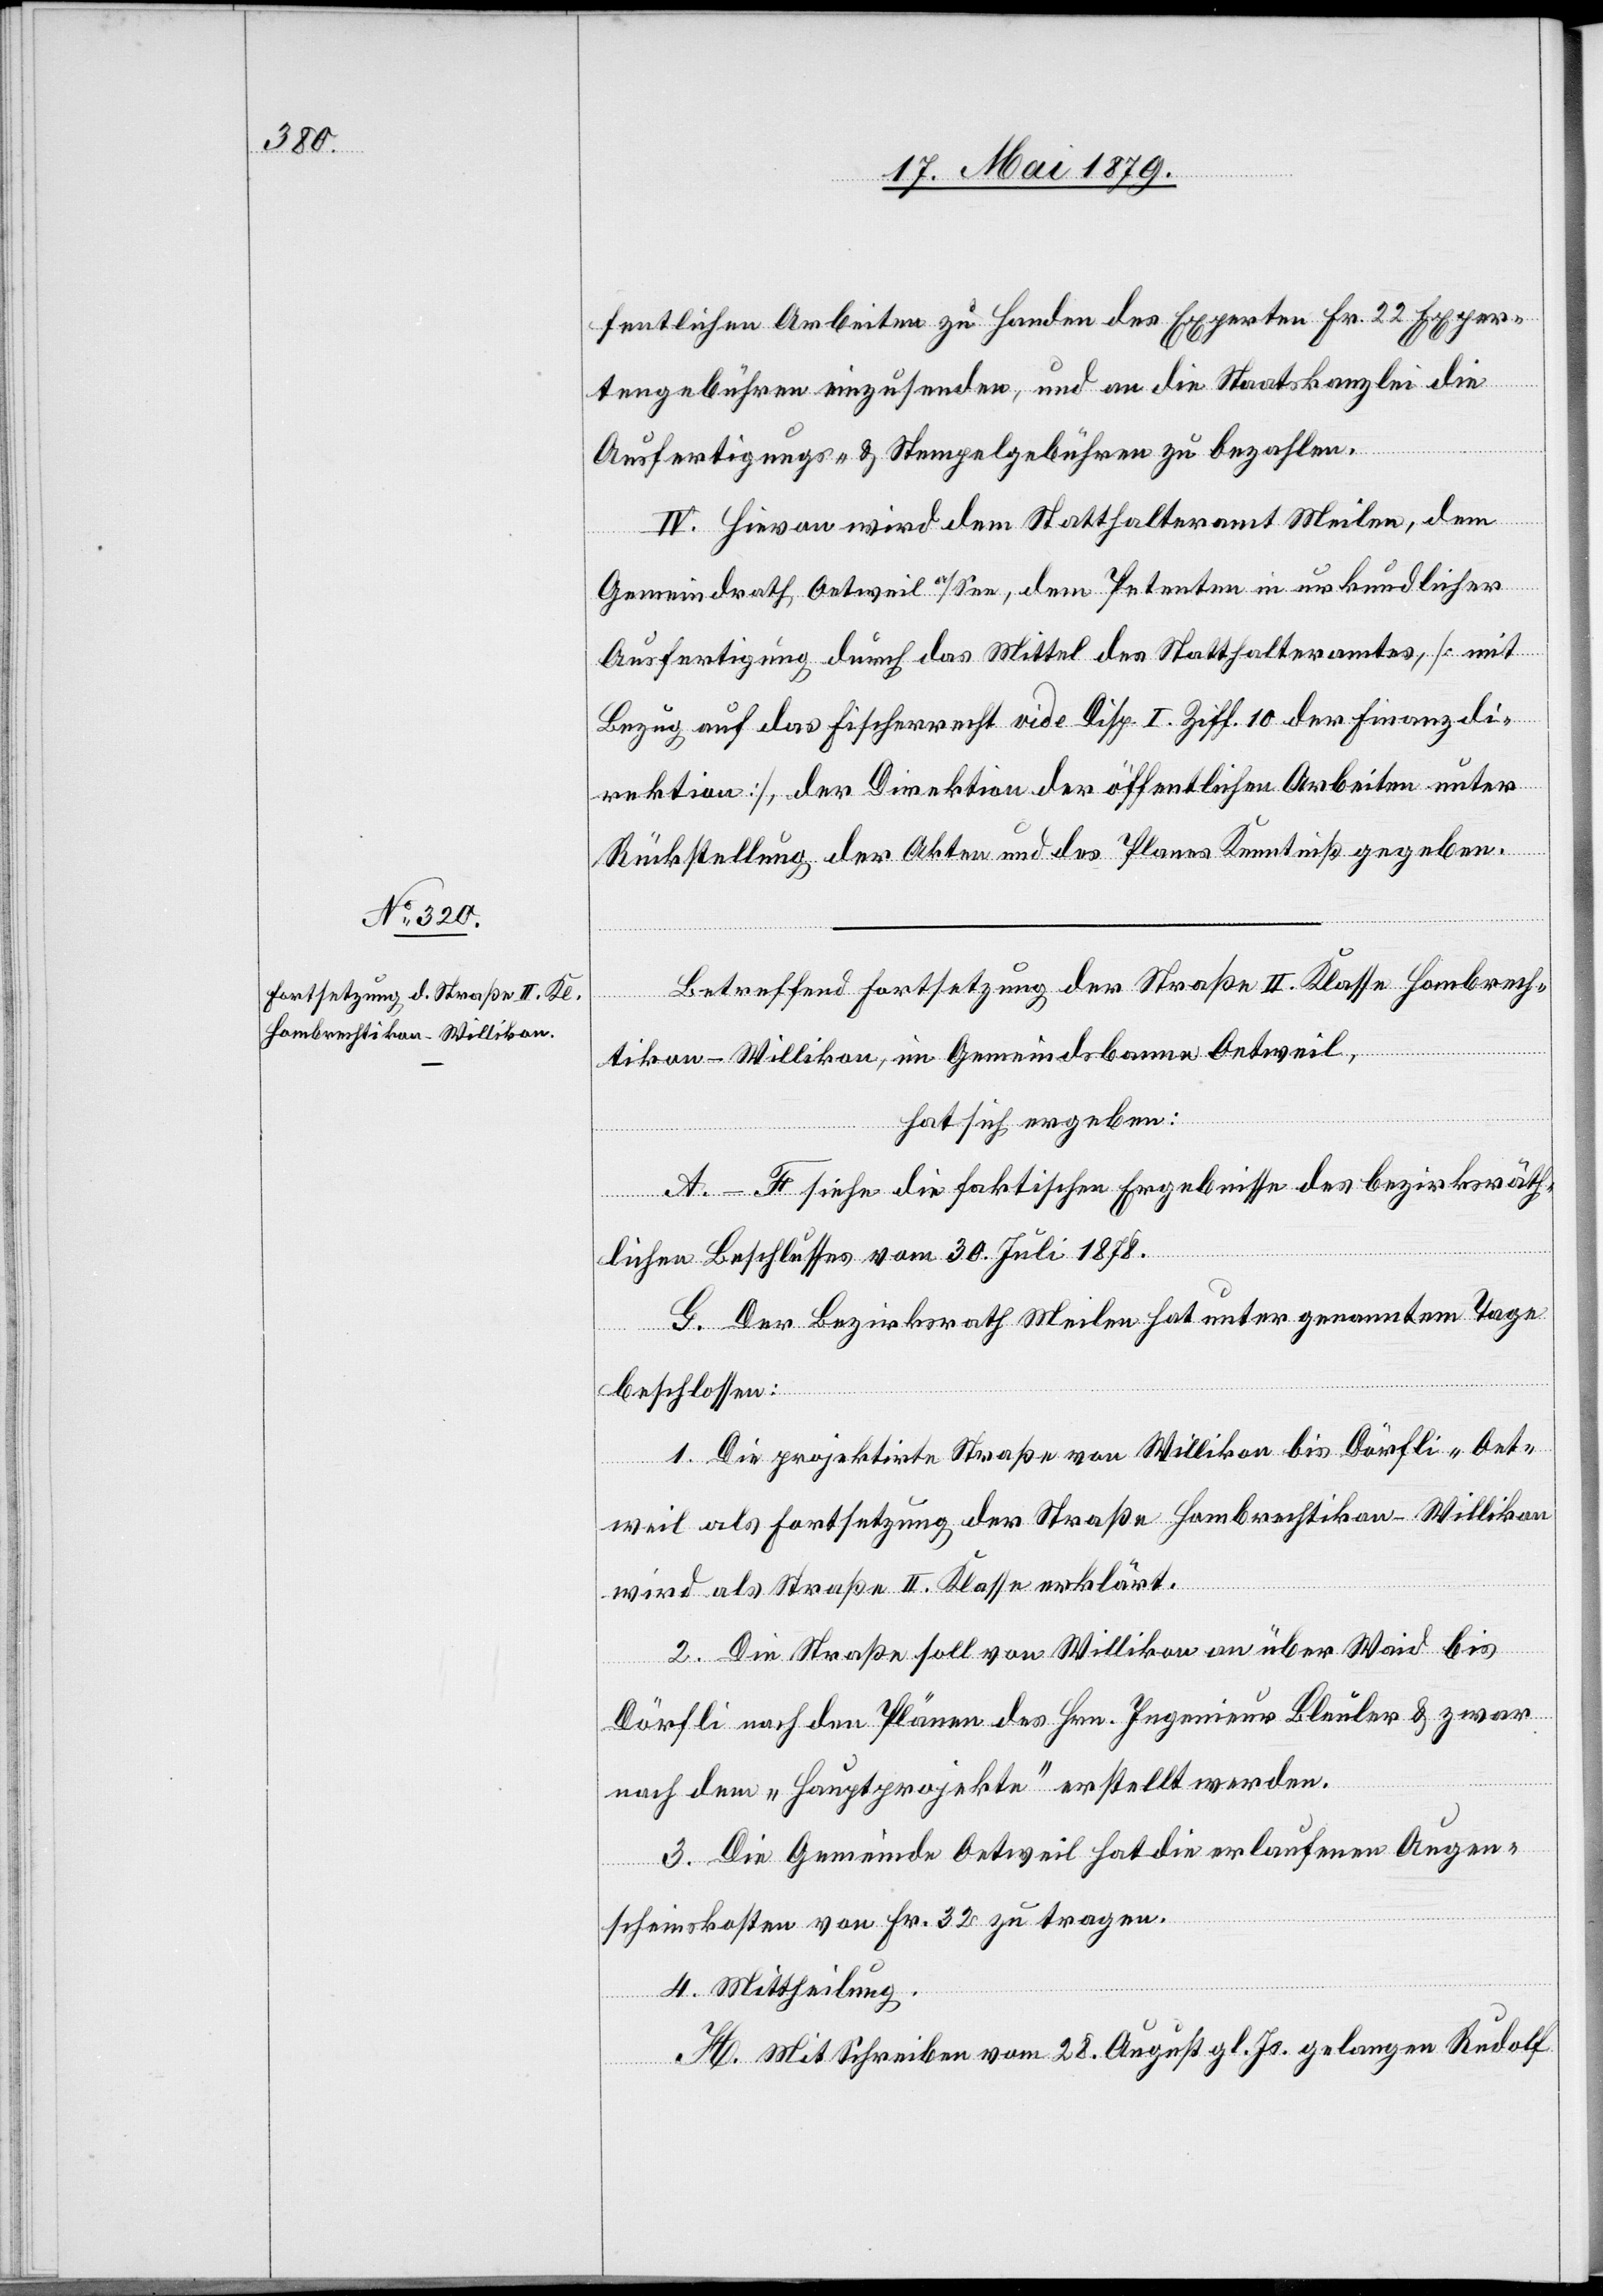
fentlichen Arbeiten zu Handen des Experten Fr. 22 Exper¬
tengebühren einzusenden, und an die Staatskanzlei die
Ausfertigungs- & Stempelgebühren zu bezahlen.
IV. Hievon wird dem Statthalteramt Meilen, dem
Gemeindrath Oetweil a/See, dem Petenten in urkundlicher
Ausfertigung durch das Mittel des Statthalteramtes, [mit
Bezug auf das Fischerrecht vide Disp. I. Ziff. 10 der Finanzdi¬
rektion], der Direktion der öffentlichen Arbeiten unter
Rückstellung der Akten und des Planes Kenntniß gegeben.
Betreffend Fortsetzung der Straße II. Klasse Hombrech¬
tikon– Willikon, im Gemeindsbanne Oetweil,
hat sich ergeben:
A.–F siehe die faktischen Ergebnisse des bezirksräth¬
lichen Beschlusses vom 30. Juli 1878.
G. Der Bezirksrath Meilen hat unter genanntem Tage
beschlossen:
1. Die projektirte Straße von Willikon bis Dörfli - Oet¬
weil als Fortsetzung der Straße Hombrechtikon–Willikon
wird als Straße II. Klasse erklärt.
2. Die Straße soll von Willikon an über Waid bis
Dörfli nach den Plänen des Hrn. Ingenieur Bleuler & zwar
nach dem „Hauptprojekte“ erstellt werden.
3. Die Gemeinde Oetweil hat die erlaufenen Augen¬
scheinskosten von Fr. 32 zu tragen.
4. Mittheilung.
H. Mit Schreiben vom 28. August gl. Js. gelangen Rudolf